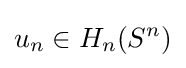
u_{n}\in H_{n}(S^{n})